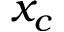
x _ { c }